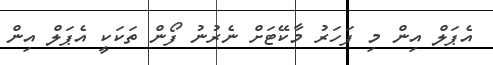
އެޕަލް އިން މި ފަހަރު މާކޭޓަށް ނެރުނު ފޯން ތަކަކީ އެޕަލް އިން